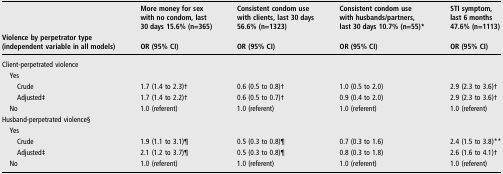
<table><thead><tr><td></td><td><b>More money for sex with no condom, last 30 days 15.6% (n=365)</b></td><td><b>Consistent condom use with clients, last 30 days 56.6% (n=1323)</b></td><td><b>Consistent condom use with husbands/partners, last 30 days 10.7% (n=55)*</b></td><td><b>STI symptom, last 6 months 47.6% (n=1113)</b></td></tr><tr><td><b>Violence by perpetrator type (independent variable in all models)</b></td><td><b>OR (95% CI)</b></td><td><b>OR (95% CI)</b></td><td><b>OR (95% CI)</b></td><td><b>OR (95% CI)</b></td></tr></thead><tbody><tr><td colspan="5">Client-perpetrated violence</td></tr><tr><td> Yes</td><td></td><td></td><td></td><td></td></tr><tr><td>Crude</td><td>1.7 (1.4 to 2.3)†</td><td>0.6 (0.5 to 0.8)†</td><td>1.0 (0.5 to 2.0)</td><td>2.9 (2.3 to 3.6)†</td></tr><tr><td>Adjusted‡</td><td>1.7 (1.4 to 2.2)†</td><td>0.6 (0.5 to 0.7)†</td><td>0.9 (0.4 to 2.0)</td><td>2.9 (2.3 to 3.6)†</td></tr><tr><td> No</td><td>1.0 (referent)</td><td>1.0 (referent)</td><td>1.0 (referent)</td><td>1.0 (referent)</td></tr><tr><td colspan="5">Husband-perpetrated violence§</td></tr><tr><td> Yes</td><td></td><td></td><td></td><td></td></tr><tr><td>Crude</td><td>1.9 (1.1 to 3.1)¶</td><td>0.5 (0.3 to 0.8)¶</td><td>0.7 (0.3 to 1.6)</td><td>2.4 (1.5 to 3.8)**</td></tr><tr><td>Adjusted‡</td><td>2.1 (1.2 to 3.7)¶</td><td>0.5 (0.3 to 0.8)¶</td><td>0.8 (0.3 to 1.8)</td><td>2.6 (1.6 to 4.1)†</td></tr><tr><td> No</td><td>1.0 (referent)</td><td>1.0 (referent)</td><td>1.0 (referent)</td><td>1.0 (referent)</td></tr></tbody></table>